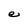
Character: e